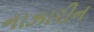
નાઝારીન